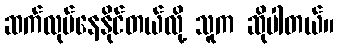
ဆက်လုပ်နေနိုင်တယ်လို့ သူက ဆိုပါတယ်။